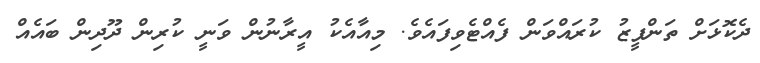
ދެކޮޅަށް ތަންފީޒު ކުރައްވަން ފެއްޓެވިފައެވެ. މިއާއެކު އީރާނުން ވަނީ ކުރިން ދޫދިން ބައެއް